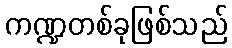
ကဏ္ဍတစ်ခုဖြစ်သည်